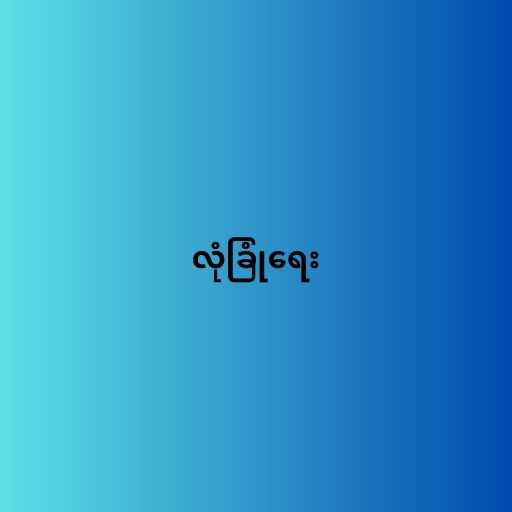
လုံခြုံရေး